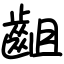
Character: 齟